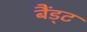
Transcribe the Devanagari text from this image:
बैंड्ट